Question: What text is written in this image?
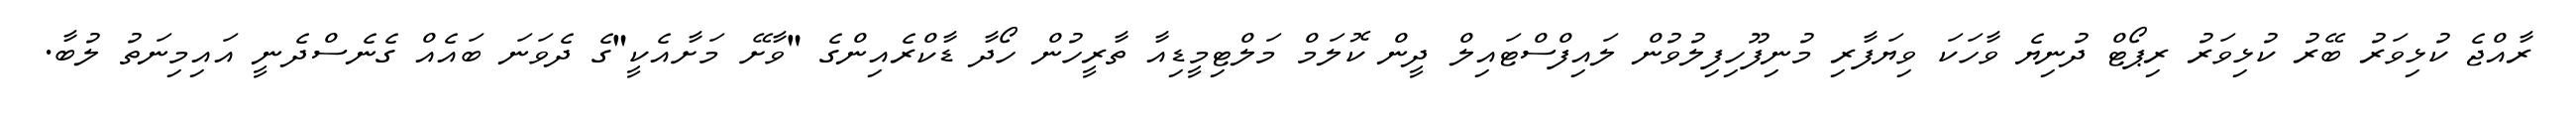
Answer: ރާއްޖެ ކުޅިވަރު ބޭރު ކުޅިވަރު ރިޕޯޓް ދުނިޔެ ވާހަކަ ވިޔަފާރި މުނިފޫހިފިލުވުން ލައިފްސްޓައިލް ދީން ކޮލަމް މަލްޓިމީޑިއާ ތާރީހުން ހޯދާ ޑާކްރެއިންގެ "ވާށޭ މަށާއެކީ"ގެ ދެވަނަ ބައެއް ގެނެސްދެނީ އައިމިނަތު ލުބާ.